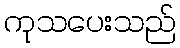
ကုသပေးသည်